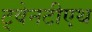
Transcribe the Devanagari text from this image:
ट्वेनटीएथ